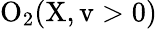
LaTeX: \mathrm{O_{2}(X,v>0)}